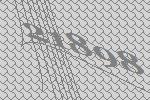
21898